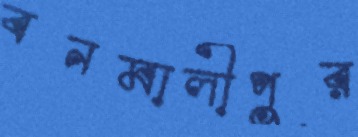
বনমালীপুর